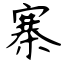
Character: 寨